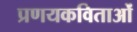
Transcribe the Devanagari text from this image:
प्रणयकविताओं